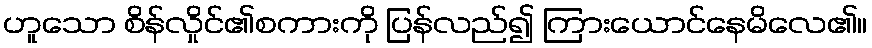
ဟူသော စိန်လှိုင်၏စကားကို ပြန်လည်၍ ကြားယောင်နေမိလေ၏။